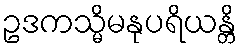
ဥဒကသ္မိမနုပရိယန္တိ